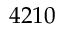
4 2 1 0